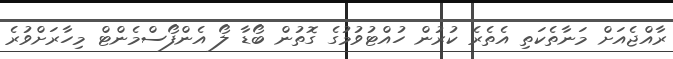
ރާއްޖެއަށް މަނާތެކަތި އެތެރެ ކުރުން ހުއްޓުވުމުގެ ގޮތުން ބޯޑާ ލޯ އެންފޯސްމެންޓް މިހާރަށްވުރެ